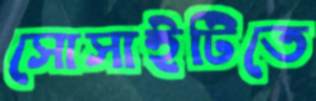
সোসাইটিতে